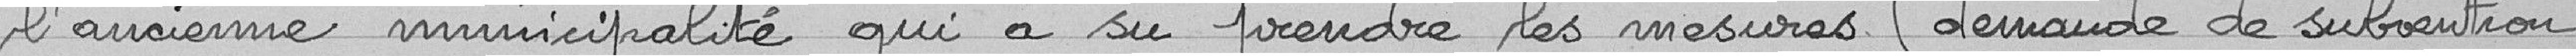
l'ancienne municipalité qui a su prendre les mesures (demande de subvention